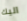
اليك